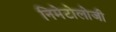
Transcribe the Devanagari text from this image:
निमेटोलोजी